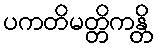
ပကတိမတ္တိကန္တိ